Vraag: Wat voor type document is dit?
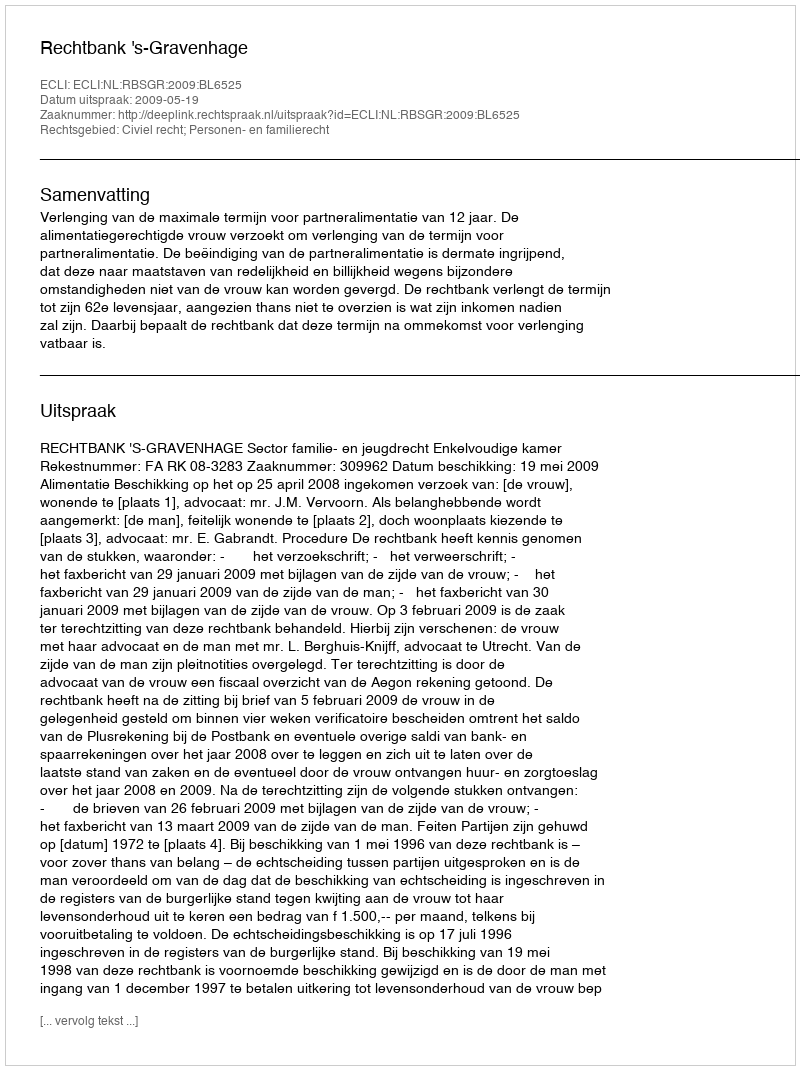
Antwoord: Uitspraak